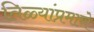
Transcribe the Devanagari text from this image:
तिळ्यांप्रमाणे